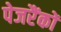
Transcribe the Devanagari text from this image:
पेजरैंकों